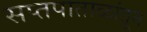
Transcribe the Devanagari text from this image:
सप्तपाताळांतून